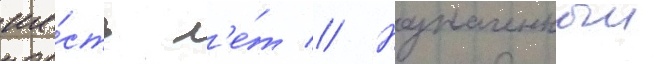
ше́сть л'е́т // Назначенныи